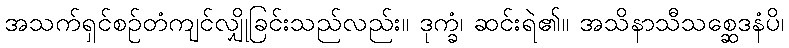
အသက်ရှင်စဉ်တံကျင်လျှိုခြင်းသည်လည်း။ ဒုက္ခံ၊ ဆင်းရဲ၏။ အသိနာသီသစ္ဆေဒနံပိ၊